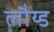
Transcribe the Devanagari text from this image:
लौय्ड